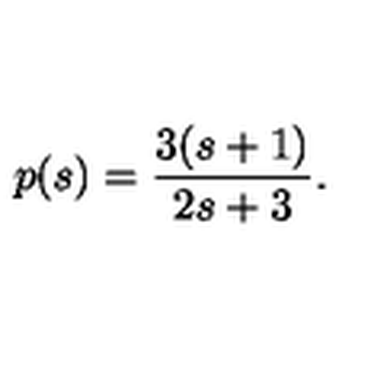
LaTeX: p ( s ) = \frac { 3 ( s + 1 ) } { 2 s + 3 } .